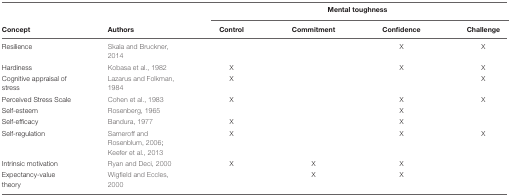
<table><thead><tr><td></td><td></td><td colspan="4"><b>Mental toughness</b></td></tr><tr><td><b>Concept</b></td><td><b>Authors</b></td><td><b>Control</b></td><td><b>Commitment</b></td><td><b>Confidence</b></td><td><b>Challenge</b></td></tr></thead><tbody><tr><td>Resilience</td><td>Skala and Bruckner, 2014</td><td></td><td></td><td>X</td><td>X</td></tr><tr><td>Hardiness</td><td>Kobasa et al., 1982</td><td>X</td><td></td><td>X</td><td>X</td></tr><tr><td>Cognitive appraisal of stress</td><td>Lazarus and Folkman, 1984</td><td>X</td><td></td><td></td><td>X</td></tr><tr><td>Perceived Stress Scale</td><td>Cohen et al., 1983</td><td>X</td><td></td><td>X</td><td>X</td></tr><tr><td>Self-esteem</td><td>Rosenberg, 1965</td><td></td><td></td><td>X</td><td></td></tr><tr><td>Self-efficacy</td><td>Bandura, 1977</td><td>X</td><td></td><td>X</td><td></td></tr><tr><td>Self-regulation</td><td>Sameroff and Rosenblum, 2006; Keefer et al., 2013</td><td>X</td><td></td><td>X</td><td>X</td></tr><tr><td>Intrinsic motivation</td><td>Ryan and Deci, 2000</td><td>X</td><td>X</td><td>X</td><td></td></tr><tr><td>Expectancy-value theory</td><td>Wigfield and Eccles, 2000</td><td></td><td>X</td><td>X</td><td></td></tr></tbody></table>